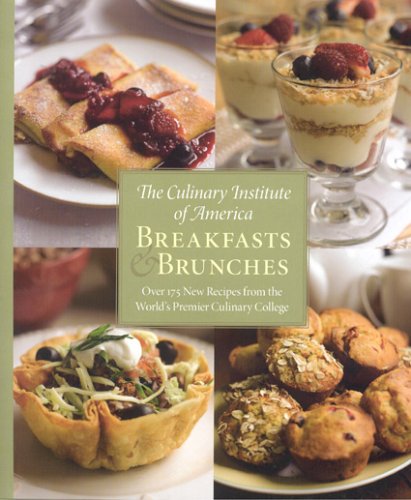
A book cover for Breakfasts & Brunches; The Culinary Institute of America; Cookbooks, Food & Wine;